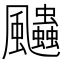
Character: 𱃓